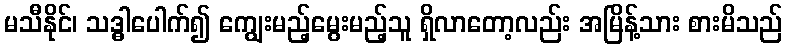
မသီနိုင်၊ သဒ္ဓါပေါက်၍ ကျွေးမည့်မွေးမည့်သူ ရှိလာတော့လည်း အမြိန့်သား စားမိသည်